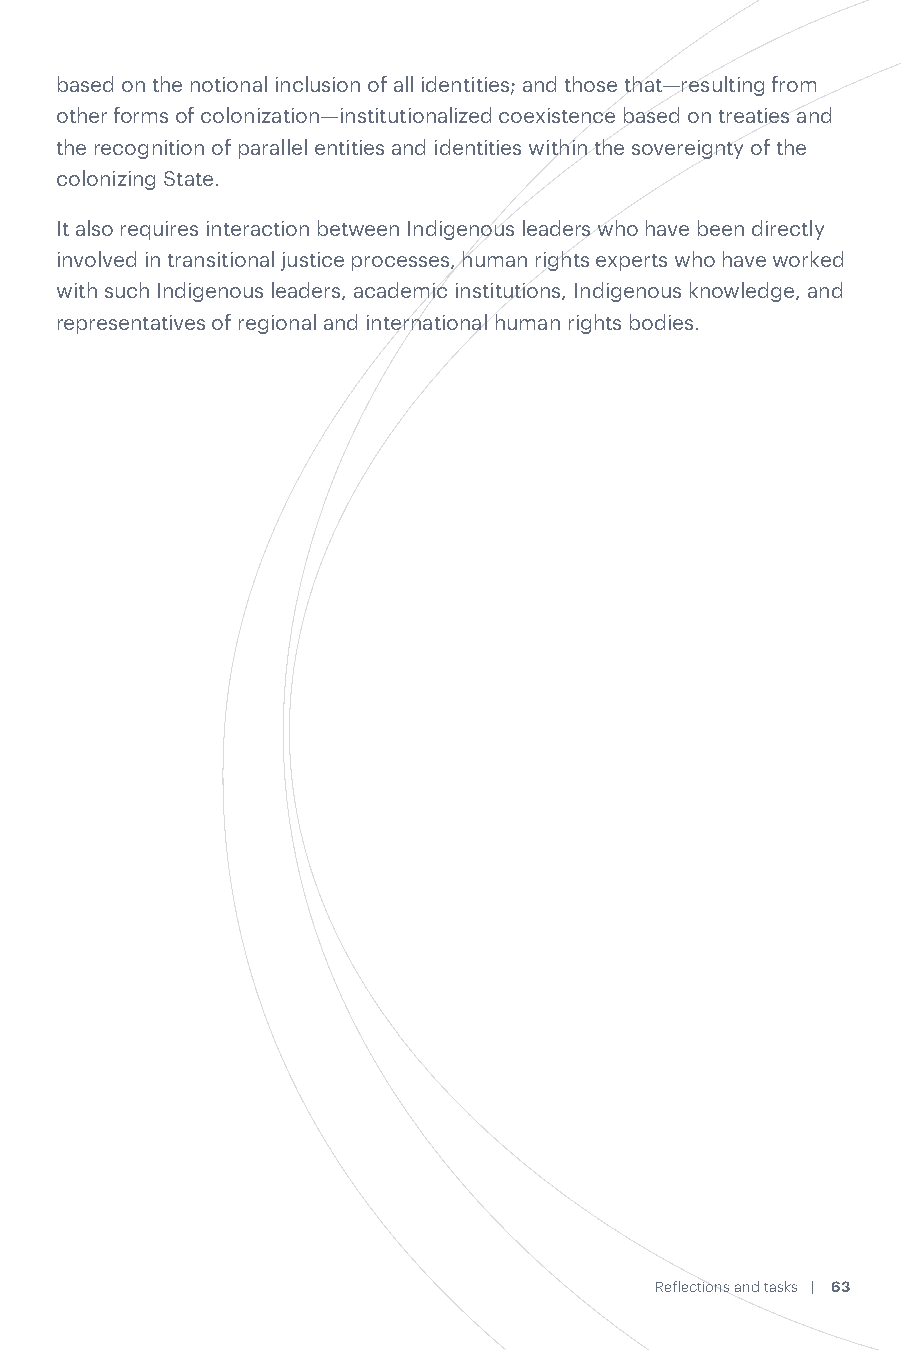
meaning of reparation as acknowledgment, making it a negotiated process based on the notional inclusion of all identities; and those that—resulting from
 between the State and the Indigenous communities, in both its material and other forms of colonization—institutionalized coexistence based on treaties and
 symbolic dimensions. the recognition of parallel entities and identities within the sovereignty of the
 colonizing State.
 ◼ The dialogue between the retributive conception of criminal justice—at the
 heart of transitional justice as a means of combating impunity—and the It also requires interaction between Indigenous leaders who have been directly
 restorative conceptions present in traditional Indigenous forms of justice. involved in transitional justice processes, human rights experts who have worked
 This entails, first, recognizing Indigenous justice and negotiating the scope with such Indigenous leaders, academic institutions, Indigenous knowledge, and
 of its application in a transitional justice context. But, more ambitiously, representatives of regional and international human rights bodies.
 it also calls for transitional justice jurisprudence to accept Indigenous
 conceptions of agency, responsibility, harm, balance, and the restoration of
 relationships.
 At the third level, international human rights organizations—both those that have
 embraced or incubated the principles of transitional justice and those that have
 shaped the contemporary development of Indigenous peoples’ law—have the
 urgent task of fostering a dialogue between these two areas. The proliferation
 of instruments such as reports and opinions, from rapporteurships and expert
 panels, has not yet produced a critical mass of knowledge or a permanent
 platform for interaction that would allow Indigenous peoples to take ownership
 of transitional justice instruments.
 The objective should be to systematize those practical experiences,
 constitutional and supreme court decisions, and theoretical studies that lie at
 the intersection of transitional justice and the rights of Indigenous peoples.
 The result should be explicit guidelines that enjoy the authority of international
 instruments to achieve the implementation of minimum standards of inclusion
 and the opening of paths toward ownership. This may take the form of
 specialized hearings before regional bodies, inclusion in country reports for
 Universal Periodic Reviews (UPR), specialized sessions of the UN Permanent
 Forum, reports of special rapporteurs leading to guidelines from the UN
 Secretary General, and opinions interpreting national law and jurisprudence in
 light of international instruments.
 Achieving this aim requires learning from countries with different experiences
 of Indigenousness and transitional justice: those that—like the ones examined
 here—emerged from former colonial processes and republican construction
 62 | Transitional Justice and Indigenous Peoples in Latin America Reflections and tasks | 63